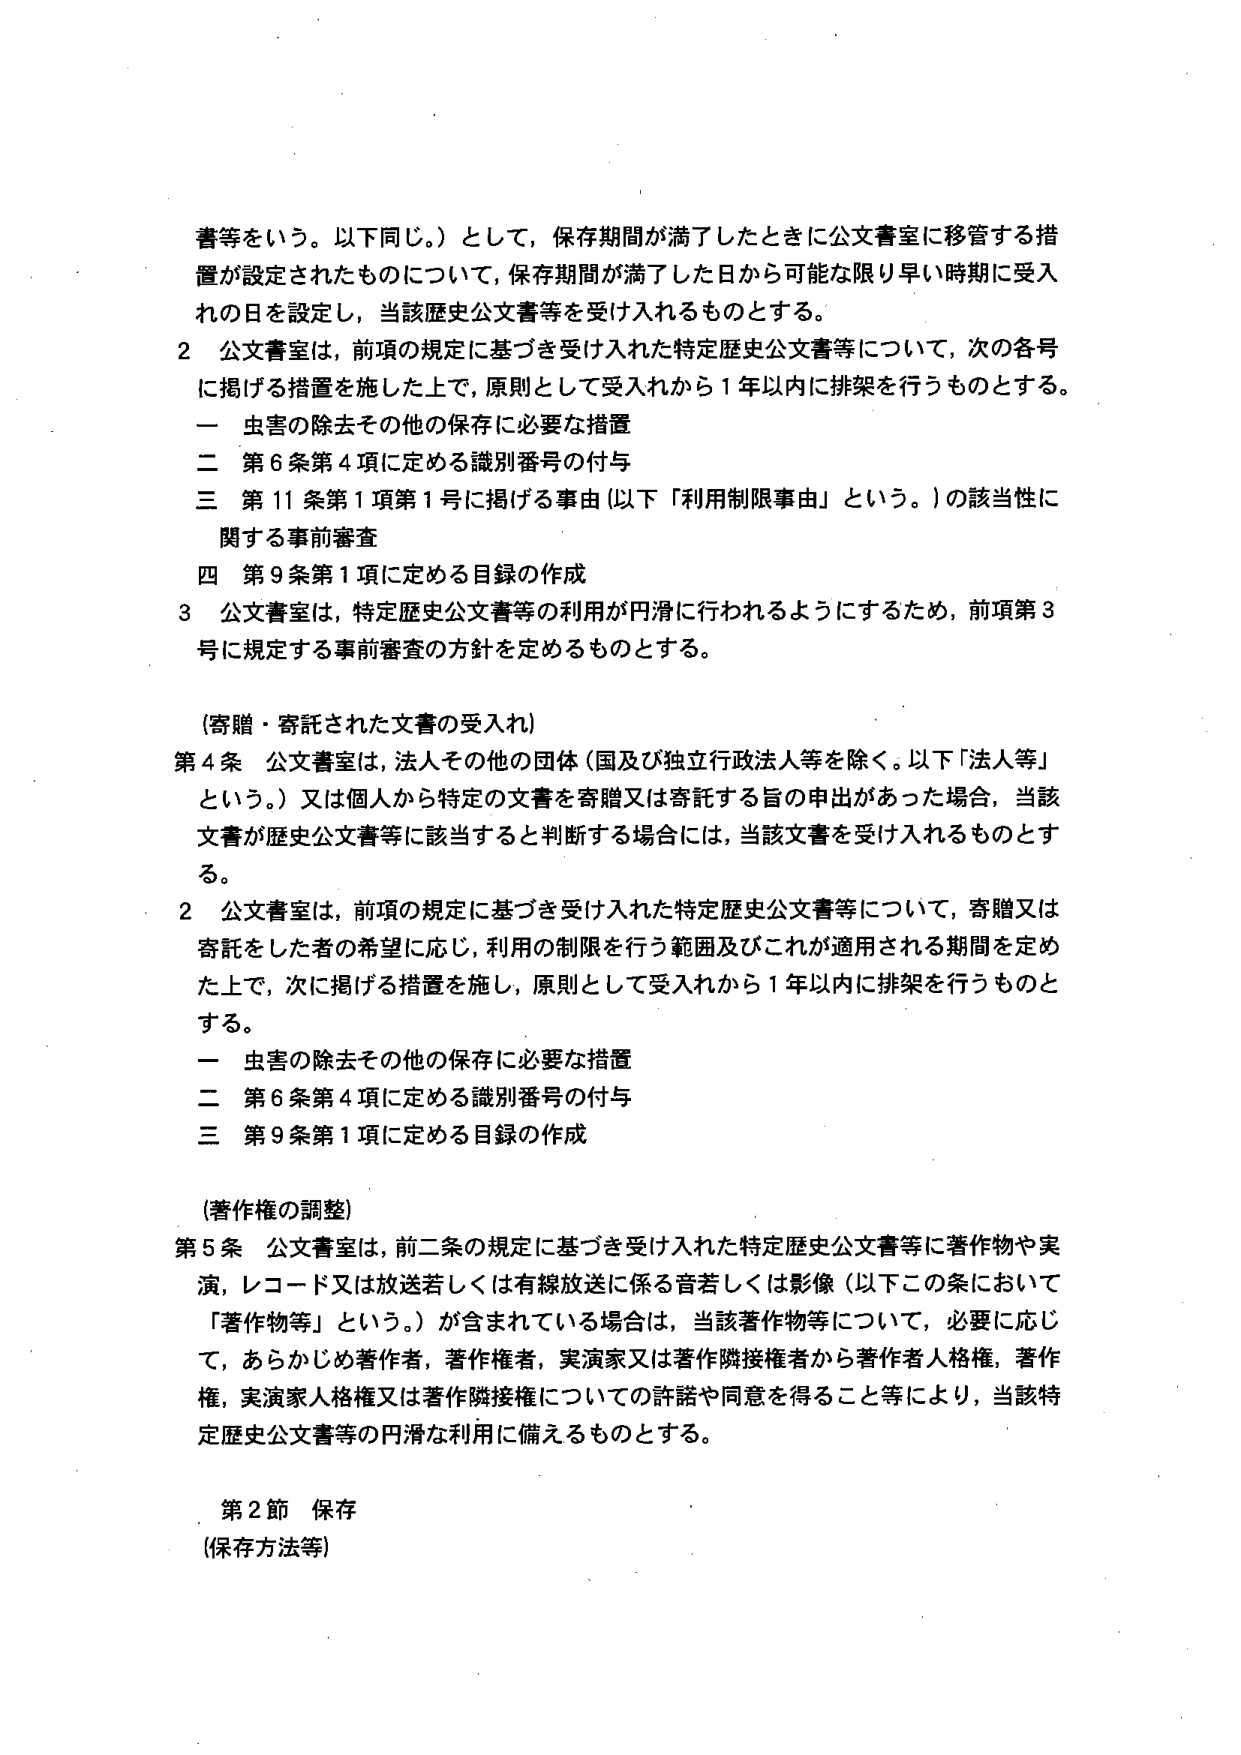
書等をいう。以下同じ。）として，保存期間が満了したときに公文書室に移管する措置が設定されたものについて，保存期間が満了した日から可能な限り早い時期に受入れの日を設定し，当該歴史公文書等を受け入れるものとする。

2 公文書室は，前項の規定に基づき受け入れた特定歴史公文書等について，次の各号に掲げる措置を施した上で，原則として受入れから１年以内に排架を行うものとする。
一 虫害の除去その他の保存に必要な措置
二 第６条第４項に定める識別番号の付与
三 第11条第1項第1号に掲げる事由（以下「利用制限事由」という。）の該当性に関する事前審査
四 第9条第1項に定める目録の作成

3 公文書室は，特定歴史公文書等の利用が円滑に行われるようにするため，前項第3号に規定する事前審査の方針を定めるものとする。

（寄贈・寄託された文書の受入れ）

第4条 公文書室は，法人その他の団体（国及び独立行政法人等を除く。以下「法人等」という。）又は個人から特定の文書を寄贈又は寄託する旨の申出があった場合，当該文書が歴史公文書等に該当すると判断する場合には，当該文書を受け入れるものとする。

2 公文書室は，前項の規定に基づき受け入れた特定歴史公文書等について，寄贈又は寄託をした者の希望に応じ，利用の制限を行う範囲及びこれが適用される期間を定めた上で，次に掲げる措置を施し，原則として受入れから１年以内に排架を行うものとする。
一 虫害の除去その他の保存に必要な措置
二 第6条第4項に定める識別番号の付与
三 第9条第1項に定める目録の作成

（著作権の調整）

第5条 公文書室は，前二条の規定に基づき受け入れた特定歴史公文書等に著作物や実演，レコード又は放送若しくは有線放送に係る音若しくは影像（以下この条において「著作物等」という。）が含まれている場合は，当該著作物等について，必要に応じて，あらかじめ著作者，著作権者，実演家又は著作隣接権者から著作者人格権，著作権，実演家人格権又は著作隣接権についての許諾や同意を得ること等により，当該特定歴史公文書等の円滑な利用に備えるものとする。

第2節 保存
（保存方法等）